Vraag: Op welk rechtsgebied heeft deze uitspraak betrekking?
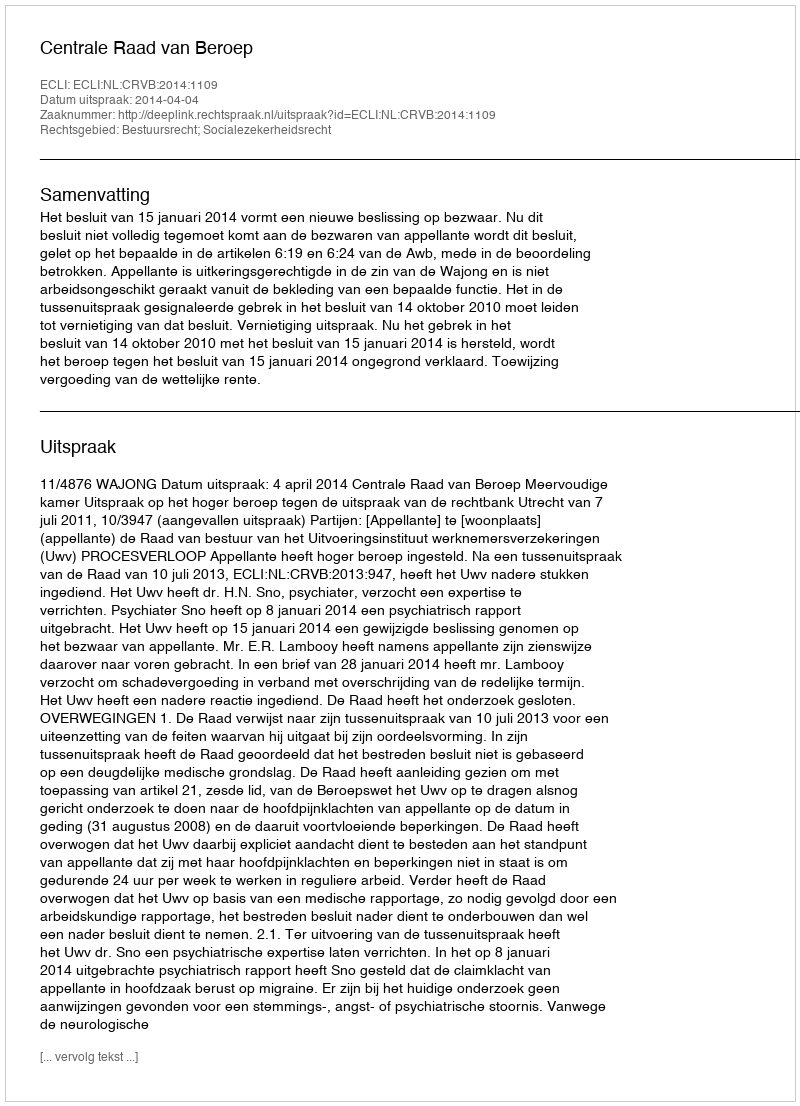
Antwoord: Bestuursrecht; Socialezekerheidsrecht